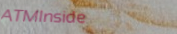
ATMInside